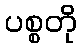
ပစ္စတို